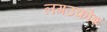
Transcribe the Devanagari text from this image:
लगउकोश